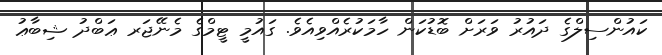
ކައުންސިލްގެ ދައުރު ވަރަށް ބޮޑުކަން ހާމަކުރެއްވިއެވެ. ގައުމީ ޓީމްގެ މެނޭޖަރ ޢަބްދު ޝިބާޢު